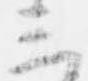
三